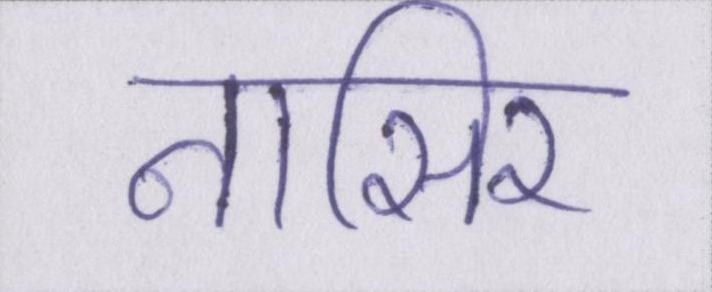
नासिर